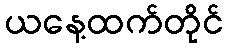
ယနေ့ထက်တိုင်